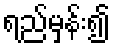
ရည်မှန်း၍